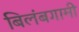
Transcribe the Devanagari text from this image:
बिलंबगामी